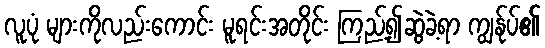
လူပုံ များကိုလည်းကောင်း မူရင်းအတိုင်း ကြည့်၍ဆွဲခဲ့ရာ ကျွန်ုပ်၏